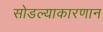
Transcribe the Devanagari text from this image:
सोडल्याकारणान